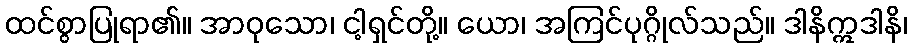
ထင်စွာပြုရာ၏။ အာဝုသော၊ ငါ့ရှင်တို့။ ယော၊ အကြင်ပုဂ္ဂိုလ်သည်။ ဒါနိဣဒါနိ၊